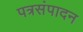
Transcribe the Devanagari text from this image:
पत्रसंपादन